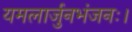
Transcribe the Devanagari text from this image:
यमलार्जुनभंजनः।